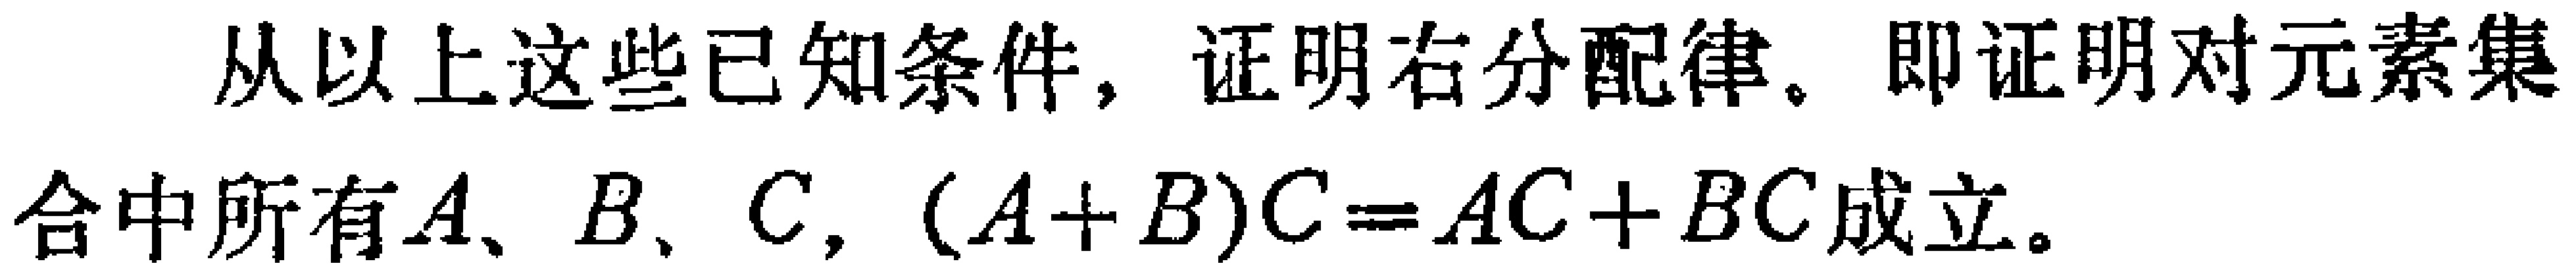
从以上这些已知条件，证明右分配律。即证明对元素集合中所有\(A、B、C\)，\((A + B)C = AC+BC\)成立。